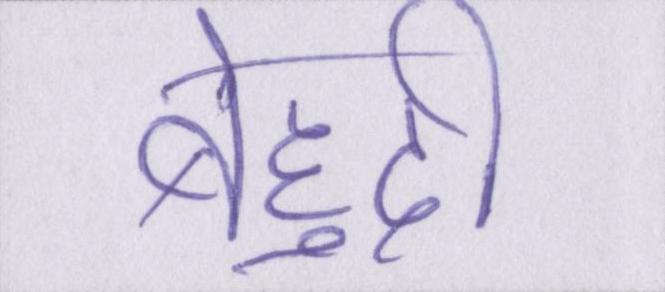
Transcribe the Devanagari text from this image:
बेहूदी